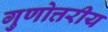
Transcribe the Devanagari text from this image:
गुणोत्तरीय